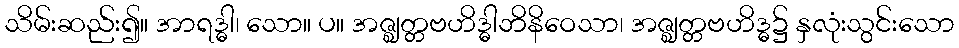
သိမ်းဆည်း၍။ အာရဒ္ဓါ၊ သော။ ပ။ အဇ္ဈတ္တဗဟိဒ္ဓါဘိနိဝေသာ၊ အဇ္ဈတ္တဗဟိဒ္ဓ၌ နှလုံးသွင်းသော